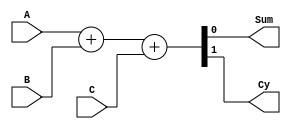
`timescale 1ns / 1ps


module FullAdder(A,B,C,Sum,Cy);
input A,B,C;
output Sum, Cy;

// option-1: structural 
// assign Sum = A^B^C;
// assign Cy = (A&B)|(B&C)|(C&A);

//---------------------------------
// option-2: behavioral
 assign {Cy, Sum} = A+B+C;

endmodule